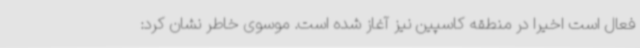
فعال است اخیرا در منطقه کاسپین نیز آغاز شده است. موسوی خاطر نشان کرد: